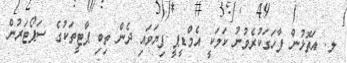
ލ. އަތޮޅުން ފާހަގަކުރެވުނު ކަމަކީ އެމްޑީޕީ ފިޔަވައި ދެން ތިބި ޕާޓީތަކުގެ ސަޕޯޓަރުން